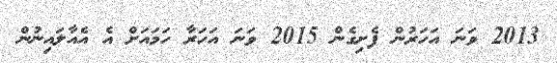
2013 ވަނަ އަހަރުން ފެށިގެން 2015 ވަނަ އަހަރާ ހަމައަށް އެ އެއާލައިނުން